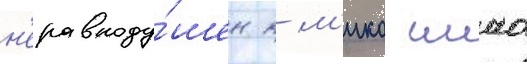
н'еравноду́шен к м'ико иино